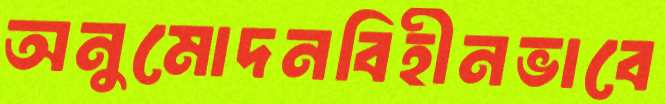
অনুমোদনবিহীনভাবে